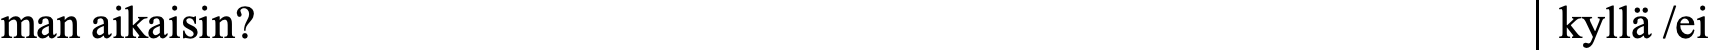
man aikaisin?                                      kyllä /ei